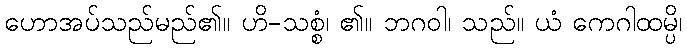
ဟောအပ်သည်မည်၏။ ဟိ-သစ္စံ၊ ၏။ ဘဂဝါ၊ သည်။ ယံ ကေဂါထမ္ပိ၊